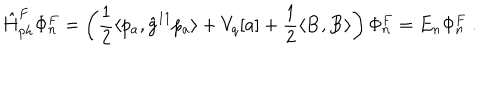
\hat { H } _ { p h } ^ { F } \Phi _ { n } ^ { F } = \left( \frac 1 2 \langle p _ { a } , \hat { g } ^ { 1 1 } p _ { a } \rangle + V _ { q } [ a ] + \frac 1 2 \langle { \bf B } , { \bf B } \rangle \right) \Phi _ { n } ^ { F } = E _ { n } \Phi _ { n } ^ { F } \ .